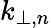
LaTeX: k_{\perp,n}